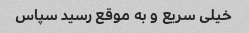
خیلی سریع و به موقع رسید سپاس